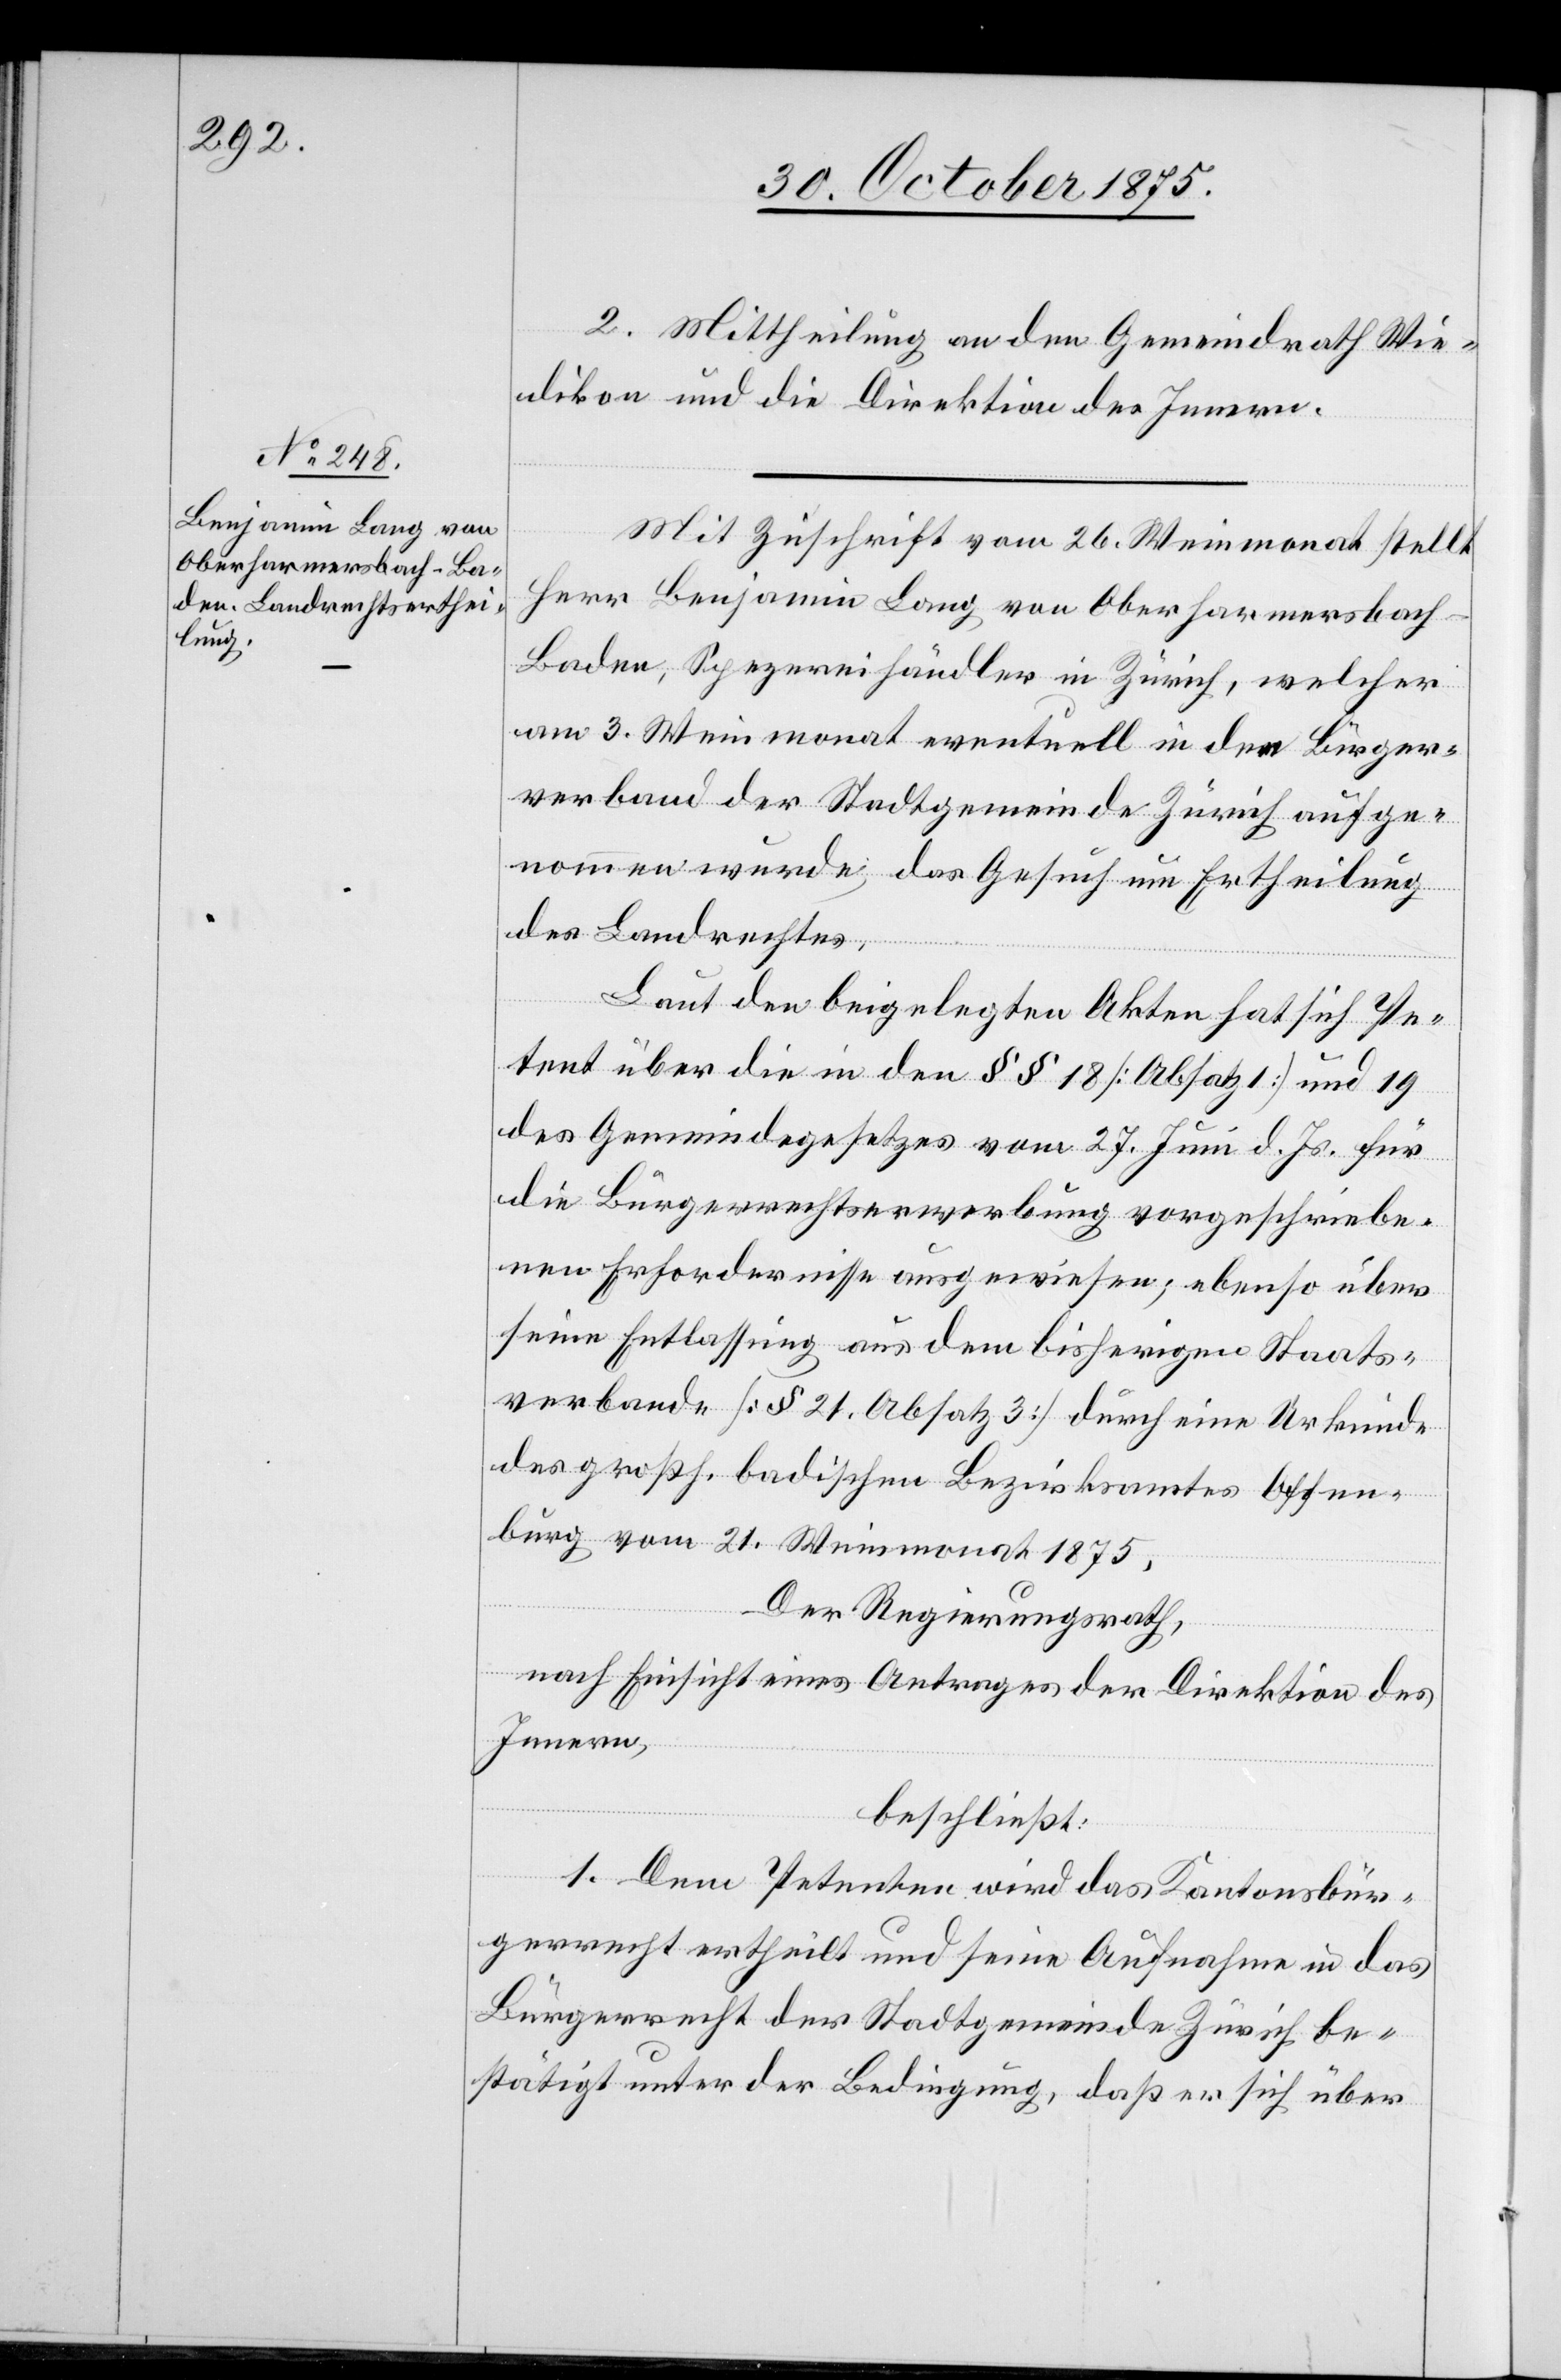
2. Mittheilung an den Gemeindrath Wie¬
dikon und die Direktion des Innern.
Mit Zuschrift vom 26. Weinmonat stellt
Herr Benjamin Lang von Oberharmersbach
Baden, Spezereihändler in Zürich, welcher
am 3. Weinmonat eventuell in den Bürger¬
verband der Stadtgemeinde Zürich aufge¬
nommen wurde, das Gesuch um Ertheilung
des Landrechtes.
Laut den beigelegten Akten hat sich Pe¬
tent über die in den §§ 18 [Absatz 1] und 19
des Gemeindegesetzes vom 27. Juni d. Js. für
die Bürgerrechtserwerbung vorgeschriebe¬
nen Erfordernisse ausgewiesen, ebenso über
seine Entlassung aus dem bisherigen Staats¬
verbande [§ 21, Absatz 3] durch eine Urkunde
des großh. badischen Bezirksamtes Offen¬
burg vom 21. Weinmonat 1875.
Der Regierungsrath,
nach Einsicht eines Antrages der Direktion des
Innern,
beschließt:
1. Dem Petenten wird das Kantonsbür¬
gerrecht ertheilt und seine Aufnahme in das
Bürgerrecht der Stadtgemeinde Zürich be¬
stätigt unter der Bedingung, daß er sich über